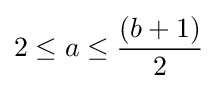
2\leq a\leq {\frac {(b+1)}{2}}